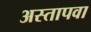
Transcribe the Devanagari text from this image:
अस्तापवा